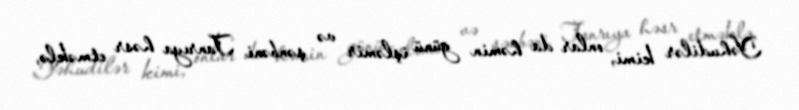
Yəhudilər kimi, onlar da həmin günü işləmir və şənbəni Tanrıya həsr etməklə,